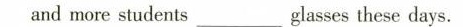
and more students___glasses these days.